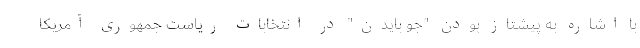
با اشاره به پیشتاز بودن "جو بایدن" در انتخابات ریاست جمهوری آمریکا